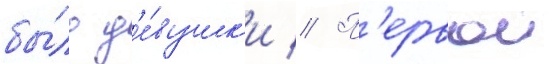
бы́ло д'е́вушк'и // П'ервои